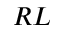
R L